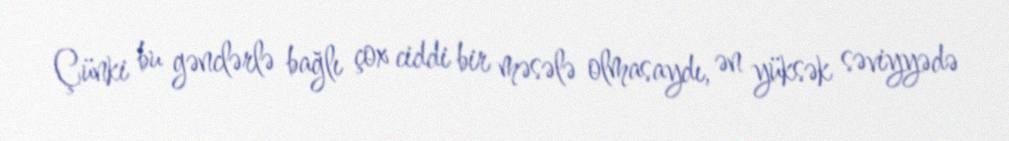
Çünki bu gənclərlə bağlı çox ciddi bir məsələ olmasaydı, ən yüksək səviyyədə